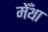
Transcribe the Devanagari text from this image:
मेँथा